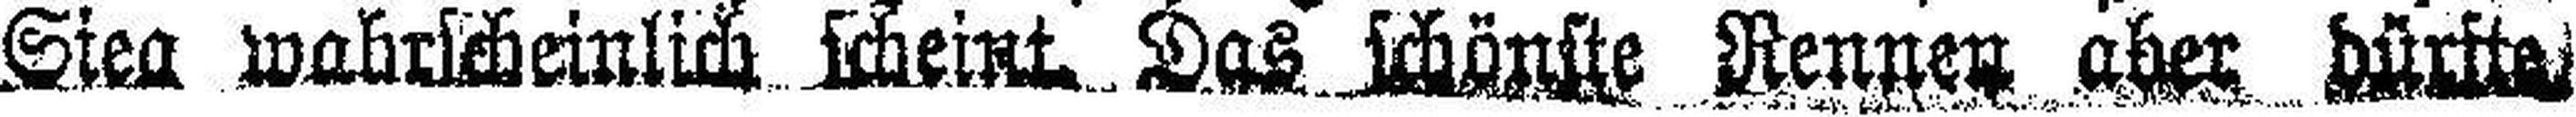
Steg wahrscheinlich scheint Das schönste Rennen aber dürfte